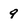
Character: 9